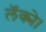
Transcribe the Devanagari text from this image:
लॅक्मे।